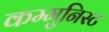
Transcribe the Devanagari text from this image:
कम्मुनिस्ट